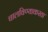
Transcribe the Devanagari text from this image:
चालविण्याकरता